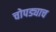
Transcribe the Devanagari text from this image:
चोपड्याच